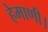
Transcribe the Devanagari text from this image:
हेमाणी।